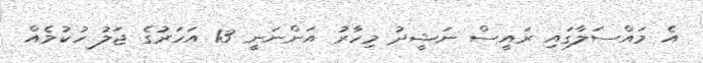
އެ މައްސަލާގައި ރައީސް ނަޝީދު މިހާރު އަންނަނީ 13 އަހަރުގެ ޖަލު ހުކުމެއް